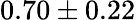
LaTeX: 0.70\pm 0.22